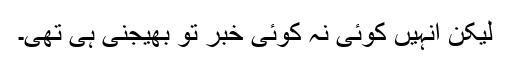
لیکن انہیں کوئی نہ کوئی خبر تو بھیجنی ہی تھی۔